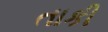
તાકી